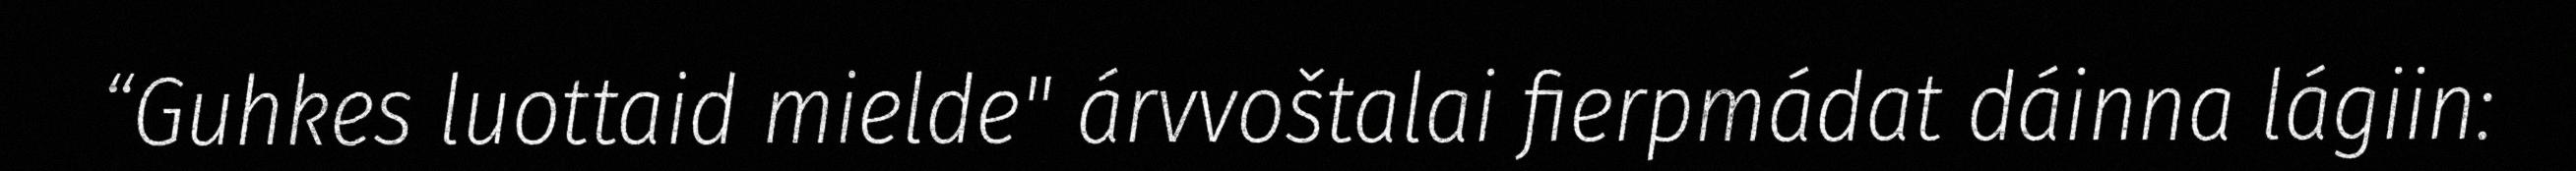
“Guhkes luottaid mielde" árvvoštalai fierpmádat dáinna lágiin: